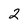
Character: 2